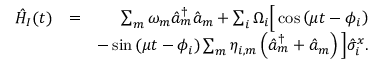
\begin{array} { r l r } { \hat { H } _ { I } ( t ) } & { = } & { \sum _ { m } \omega _ { m } \hat { a } _ { m } ^ { \dag } \hat { a } _ { m } + \sum _ { i } \Omega _ { i } \Big [ \cos \left( \mu t - \phi _ { i } \right) } \\ & { } & { - \sin \left( \mu t - \phi _ { i } \right) \sum _ { m } \eta _ { i , m } \left( \hat { a } _ { m } ^ { \dag } + \hat { a } _ { m } \right) \Big ] \hat { \sigma } _ { i } ^ { x } . } \end{array}